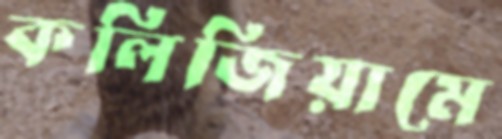
কলিজিয়ামে